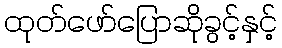
ထုတ်ဖော်ပြောဆိုခွင့်နှင့်